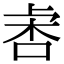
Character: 𣑾